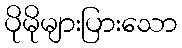
ပိုမိုများပြားသော